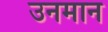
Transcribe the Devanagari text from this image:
उनमान